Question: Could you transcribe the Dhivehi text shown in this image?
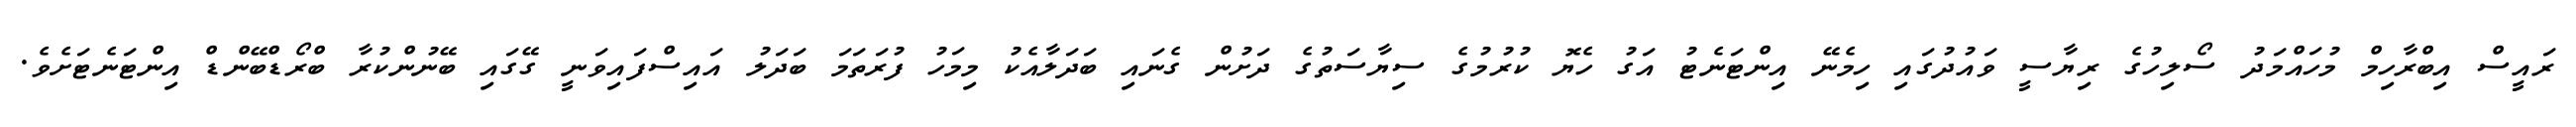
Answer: ރައީސް އިބްރާހިމް މުހައްމަދު ސޯލިހުގެ ރިޔާސީ ވައުދުގައި ހިމެނޭ އިންޓަނެޓު އަގު ހެޔޮ ކުރުމުގެ ސިޔާސަތުގެ ދަށުން ގެނައި ބަދަލާއެކު މިމަހު ފުރަތަމަ ބަދަލު އައިސްފައިވަނީ ގޭގައި ބޭނުންކުރާ ބްރޯޑްބޭންޑް އިންޓަނެޓަށެވެ.